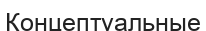
Концептуальные